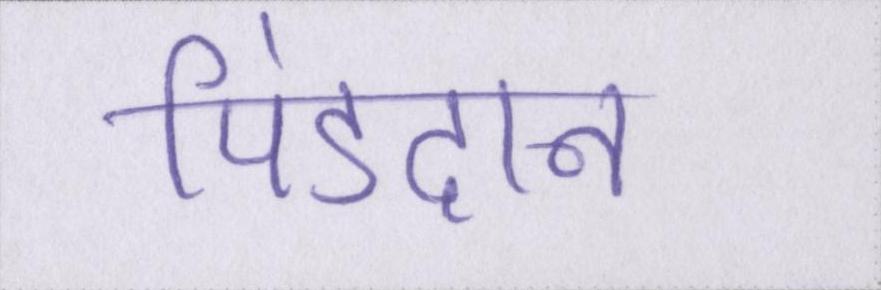
पिंडदान